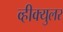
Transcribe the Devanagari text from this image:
व्हीक्युलर